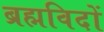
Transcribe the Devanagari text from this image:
ब्रह्मविदों